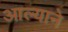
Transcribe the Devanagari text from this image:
आल्‍याने